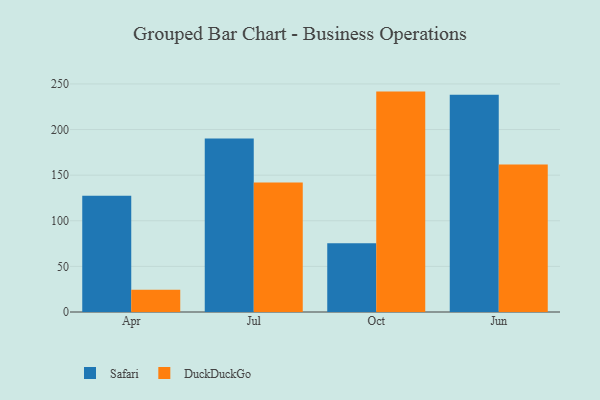
{"axis": {"x": "Month", "y": "Customer Acquisition Cost (USD)"}, "legend": ["DuckDuckGo", "Safari"], "data": [{"x": "Apr", "y": 127.5, "type": "Safari"}, {"x": "Apr", "y": 24.3, "type": "DuckDuckGo"}, {"x": "Jul", "y": 190.1, "type": "Safari"}, {"x": "Jul", "y": 141.9, "type": "DuckDuckGo"}, {"x": "Oct", "y": 75.4, "type": "Safari"}, {"x": "Oct", "y": 241.6, "type": "DuckDuckGo"}, {"x": "Jun", "y": 238.2, "type": "Safari"}, {"x": "Jun", "y": 161.6, "type": "DuckDuckGo"}]}